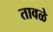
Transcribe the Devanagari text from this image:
तावळे